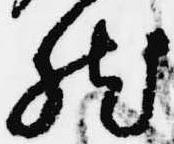
然